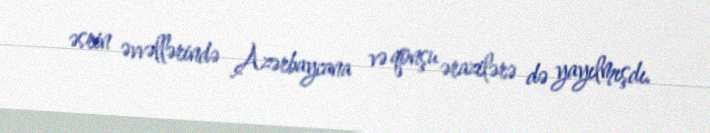
əsrin əvvəllərində Azərbaycana və qonşu ərazilərə də yayılmışdı.